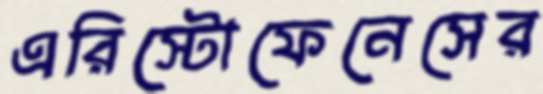
এরিস্টোফেনেসের